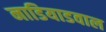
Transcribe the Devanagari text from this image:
नाडियाडवाल